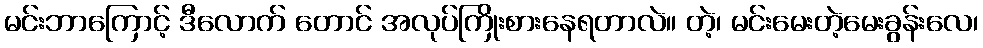
မင်းဘာကြောင့် ဒီလောက် တောင် အလုပ်ကြိုးစားနေရတာလဲ။ တဲ့၊ မင်းမေးတဲ့မေးခွန်းလေ၊